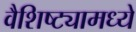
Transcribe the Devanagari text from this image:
वैशिष्ट्यामध्ये